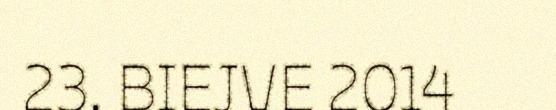
23. BIEJVE 2014